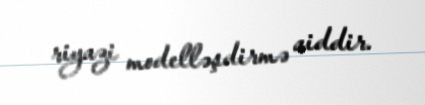
riyazi modelləşdirmə aiddir.